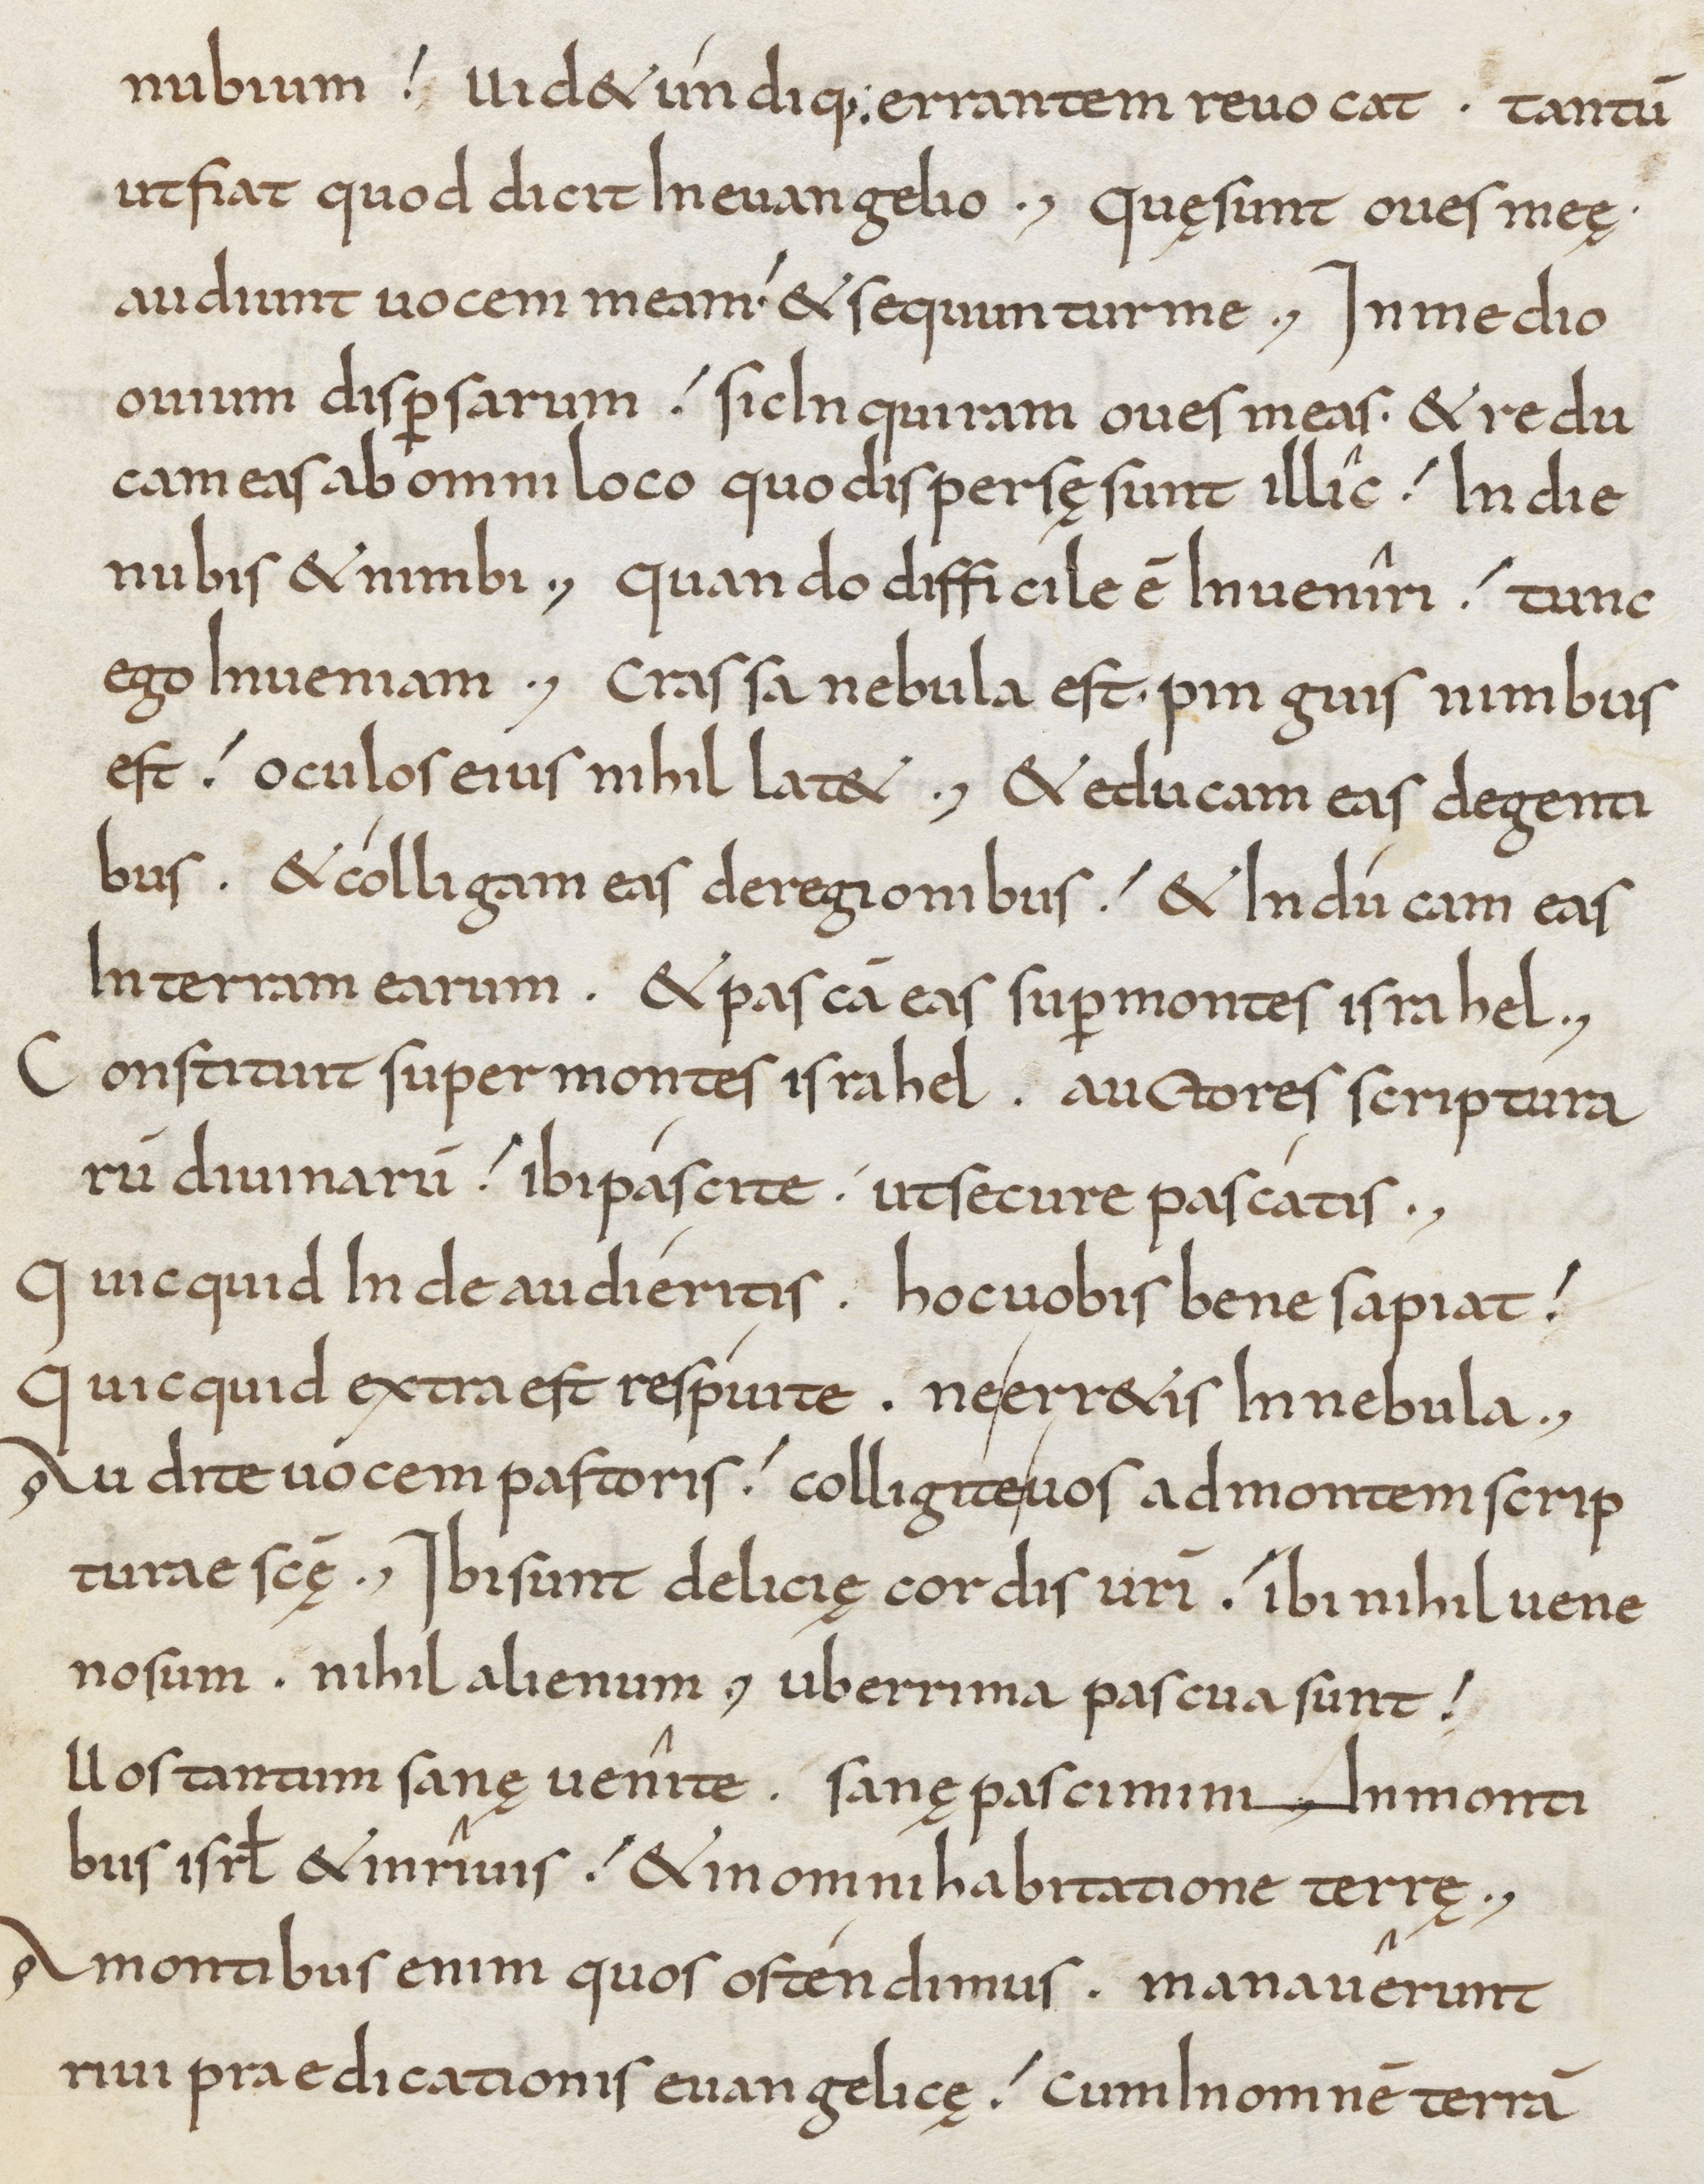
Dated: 800–849